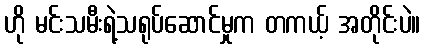
ဟို မင်းသမီးရဲ့သရုပ်ဆောင်မှုက တကယ့် အတိုင်းပဲ။